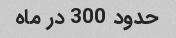
حدود 300 در ماه